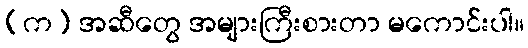
(က) အဆီတွေ အများကြီးစားတာ မကောင်းပါ။